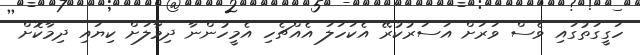
ހަގީގަތުގައި ވެސް ވަރަށް އަސަރުކުރޭ އެކަހަލަ އެއްޗެހި އެެމީހުންނާ ދިމާލަށް ކިޔައި ދިމާކޮށް